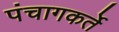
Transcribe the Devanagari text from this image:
पंचागकर्ते